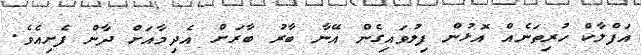
އަފްލާކް ހުރިތަނެއް އޮޅުން ފިލުވައިގެން އޭނާ ބާރު ބާރަށް އެދިމާއަށް ދާން ފެށިއެވެ.